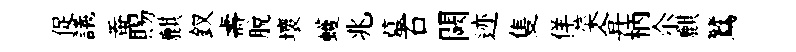
促議蚕賜麒釵壽脫壞蠖兆墓石闕迹隻佯菜弇柄尒麒鷥